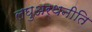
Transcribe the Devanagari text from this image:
लघुअर्थनीति